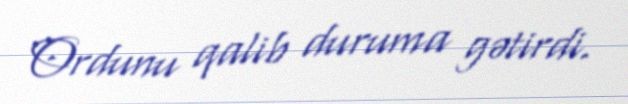
Ordunu qalib duruma gətirdi.